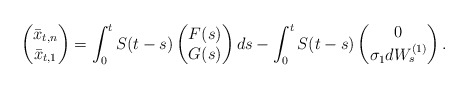
\begin{align*} \begin{pmatrix}\bar{x}_{t,n} \\ \bar{x}_{t,1} \\ \end{pmatrix}= \int_0^t S(t-s)\begin{pmatrix}F(s) \\ G(s) \\ \end{pmatrix}ds - \int_0^t S(t-s)\begin{pmatrix}0 \\ \sigma_1 dW_s^{(1)} \\ \end{pmatrix}. \end{align*}